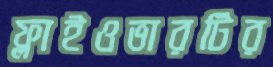
ফ্লাইওভারটির